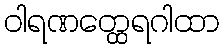
ဝါရဏတ္ထေရဂါထာ